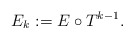
\begin{align*} E_k := E \circ T^{k-1}.\end{align*}